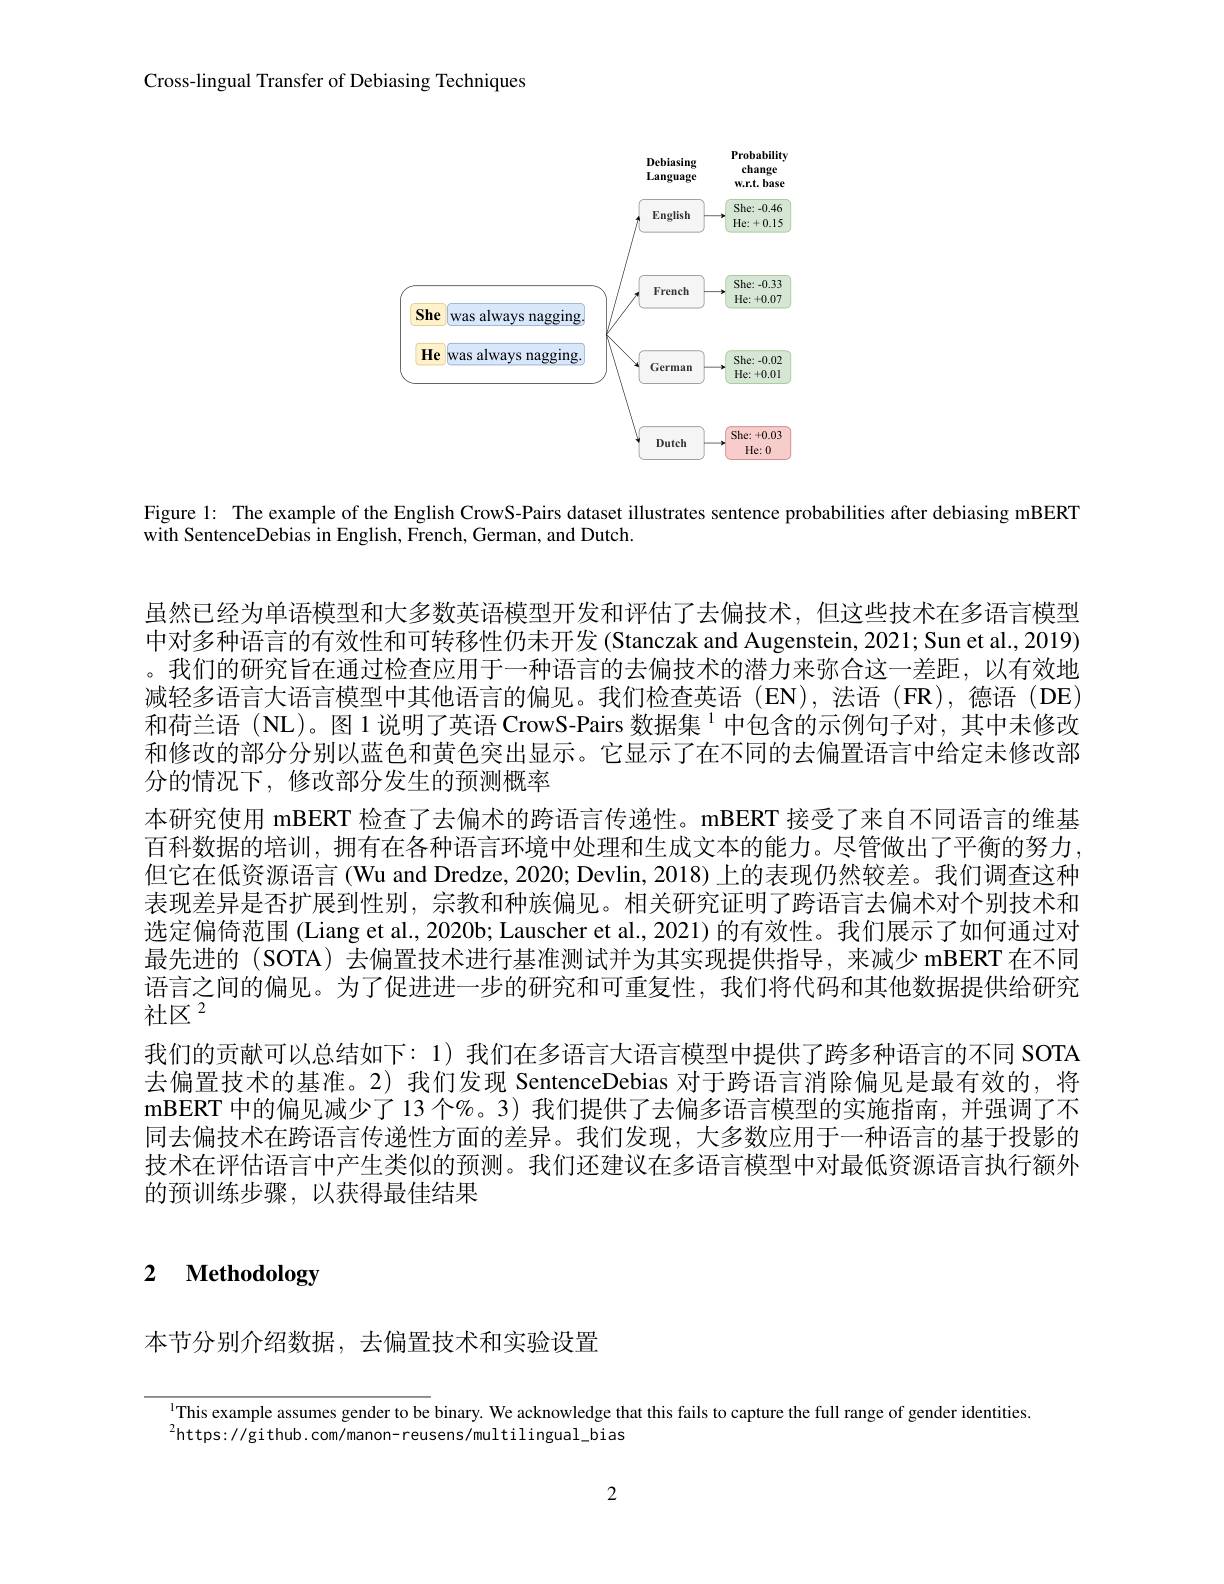
Cross-lingual Transfer of Debiasing Techniques

<FigureHere>

Figure 1: The example of the English CrowS-Pairs dataset illustrates sentence probabilities after debiasing mBERT
with SentenceDebias in English, French, German, and Dutch

虽然已经为单语模型和大多数英语模型开发和评估了去偏技术，但这些技术在多语言模型中对多种语言的有效性和可转移性仍未开发 (Stanczak and Augenstein, 2021; Sun et al., 2019) 。我们的研究旨在通过检查应用于一种语言的去偏技术的潜力来弥合这一差距，以有效地减轻多语言大语言模型中其他语言的偏见。我们检查英语(EN),法语(FR),德语(DE) 和荷兰语 (NL)。图1说明了英语 CrowS-Pairs 数据集$^{\mathrm{l}}$中包含的示例句子对，其中未修改和修改的部分分别以蓝色和黄色突出显示。它显示了在不同的去偏置语言中给定未修改部分的情况下，修改部分发生的预测概率
本研究使用 mBERT 检查了去偏术的跨语言传递性。mBERT 接受了来自不同语言的维基百科数据的培训，拥有在各种语言环境中处理和生成文本的能力。尽管做出了平衡的努力， 但它在低资源语言 (Wu and Dredze, 2020; Devlin, 2018) 上的表现仍然较差。我们调查这种表现差异是否扩展到性别，宗教和种族偏见。相关研究证明了跨语言去偏术对个别技术和选定偏倚范围 (Liang et al., 2020b; Lauscher et al., 2021) 的有效性。我们展示了如何通过对最先进的 (SOTA) 去偏置技术进行基准测试并为其实现提供指导，来减少 mBERT 在不同语言之间的偏见。为了促进进一步的研究和可重复性，我们将代码和其他数据提供给研究社区$^{2}$
我们的贡献可以总结如下：1) 我们在多语言大语言模型中提供了跨多种语言的不同 SOTA 去偏置技术的基准。2)我们发现 SentenceDebias 对于跨语言消除偏见是最有效的，将mBERT 中的偏见减少了 13 个%。3) 我们提供了去偏多语言模型的实施指南，并强调了不同去偏技术在跨语言传递性方面的差异。我们发现，大多数应用于一种语言的基于投影的技术在评估语言中产生类似的预测。我们还建议在多语言模型中对最低资源语言执行额外的预训练步骤，以获得最佳结果

2 $\textbf{Methodology}$

本节分别介绍数据，去偏置技术和实验设置

$^{1}$This example assumes gender to be binary. We acknowledge that this fails to capture the full range of gender identities.

$^{2}$https://github.com/manon-reusens/multilingual\_bias

2